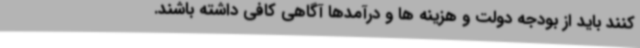
کنند باید از بودجه دولت و هزینه ها و درآمدها آگاهی کافی داشته باشند.